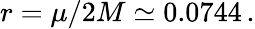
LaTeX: r=\mu/2M\simeq 0.0744\, .